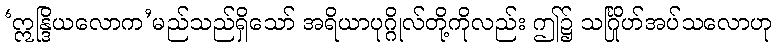
‘ဣန္ဒြိယလောက’မည်သည်ရှိသော် အရိယာပုဂ္ဂိုလ်တို့ကိုလည်း ဤ၌ သင်္ဂြိုဟ်အပ်သလောဟု